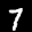
Label: 7